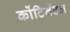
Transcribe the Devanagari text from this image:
कोंटिनेंटल